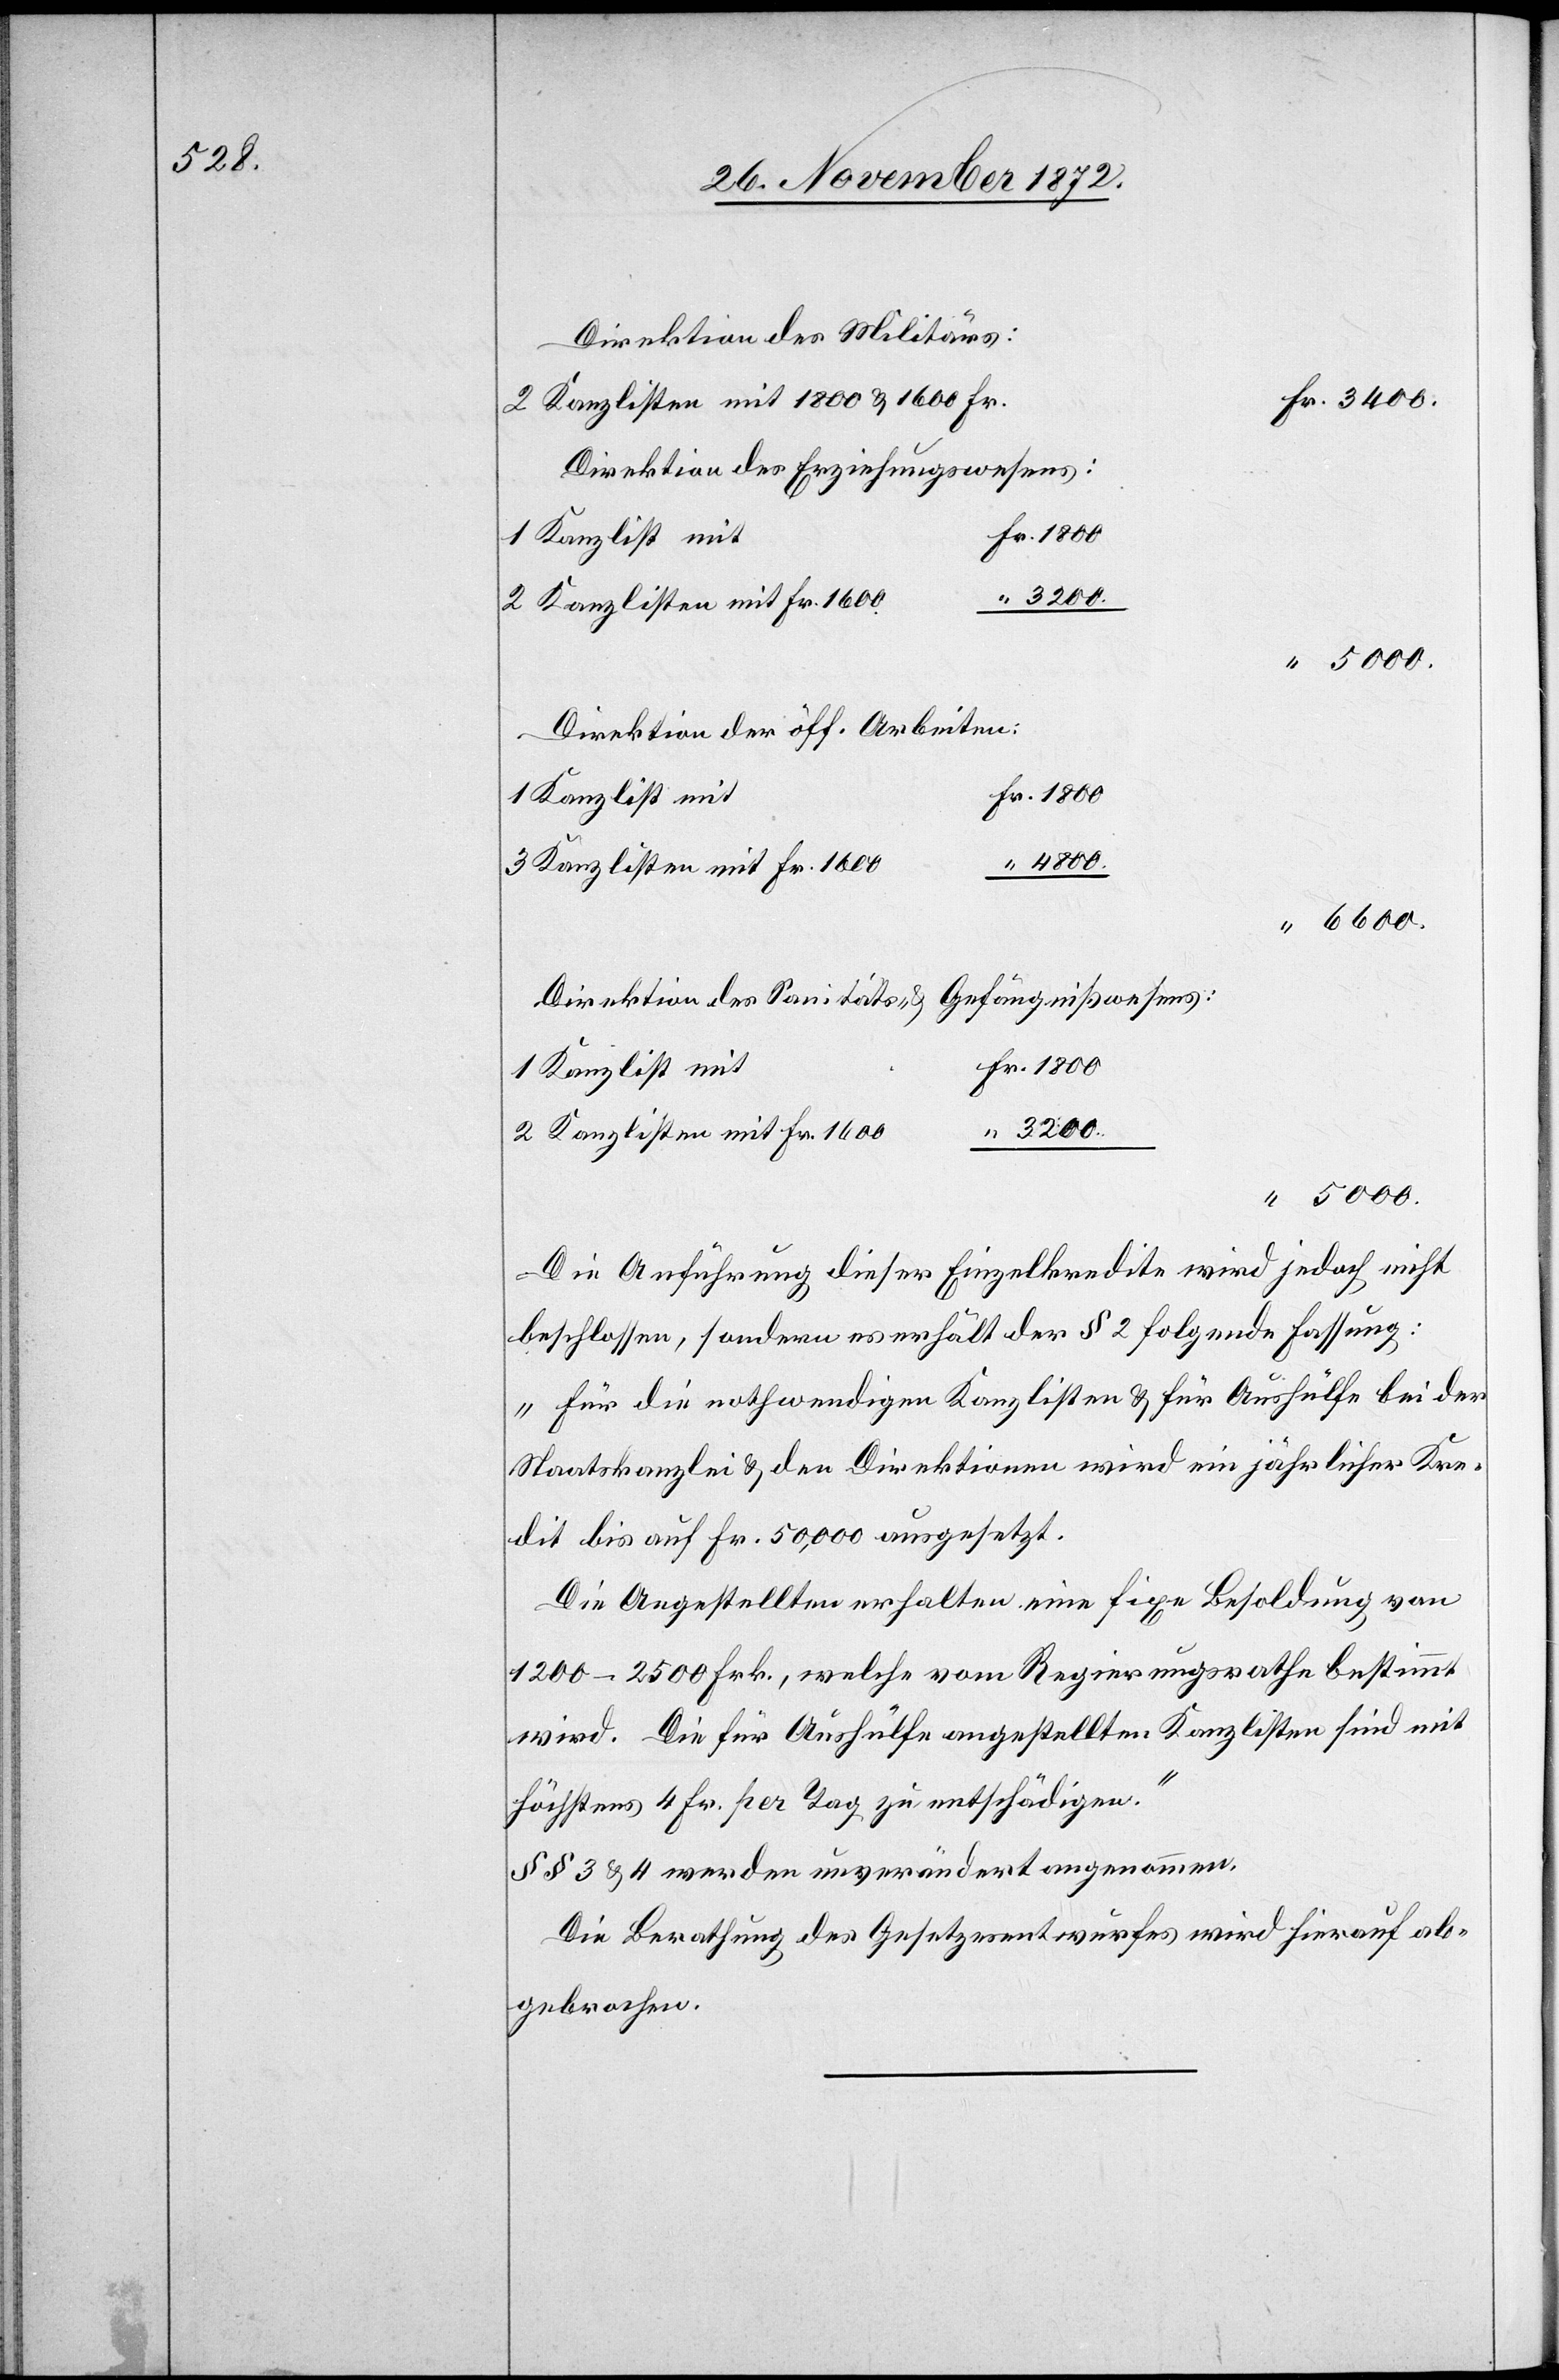
1 800

Direktion des Militärs:
2 Kanzlisten mit 1 800 u. 1 600 Fr.
Direktion des Erziehungswesens:
3 200.
2 Kanzlisten mit Fr. 1600
5 000.
Direktion der öff. Arbeiten:
1 Kanzlist mit
1 800
3 Kanzlisten mit Fr. 1600
6 600.
Direktion des Sanitäts- u. Gefängnißwesens:
1 Kanzlist mit
5 000.
Die Ausführung dieser Einzelkredite wird jedoch nicht
beschlossen, sondern es erhält der § 2 folgende Fassung:
„Für die nothwendigen Kanzlisten u. für Aushülfe bei der
Staatskanzlei u. den Direktionen wird ein jährlicher Kre¬
dit bis auf Fr. 50,000 ausgesetzt.
Die Angestellten erhalten eine fixe Besoldung von
1 200–2 500 Frk., welche vom Regierungsrathe bestimmt
wird. Die für Aushülfe angestellten Kanzlisten sind mit
höchstens 4 Fr. per Tag zu entschädigen.“
§§ 3 u. 4 werden unverändert angenommen.
Die Berathung des Gesetzesentwurfes wird hierauf ab¬
gebrochen.